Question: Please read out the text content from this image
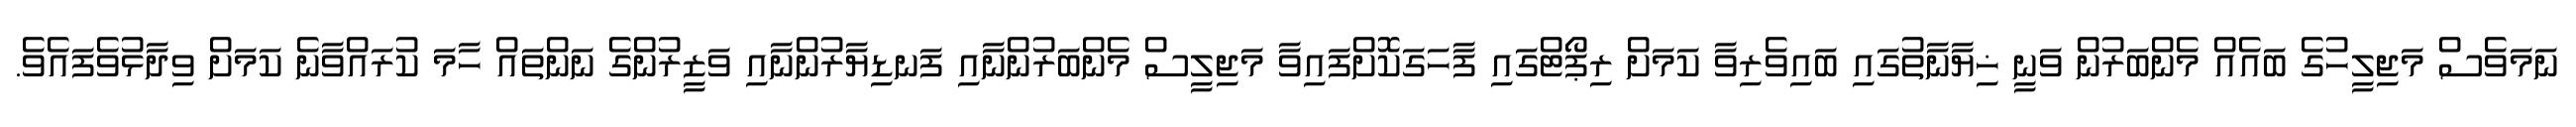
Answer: ނަމަވެސް މަޖިލީހުގެ ބައެއް މެންބަރުން ވަނީ ޚިޔާނާތުގައި ބައިވެރިވާ ކަމަށް ރިޕޯޓްގައި ފާހަގަކޮށްފައިވާ މަޖިލީސް މެންބަރުންނާއި ފަނޑިޔާރުންނާއި ވަޒީރުންގެ ނަންތައް ހާމަ ކުރައްވާނެ ކަމަށް ވިދާޅުވެފައެވެ.